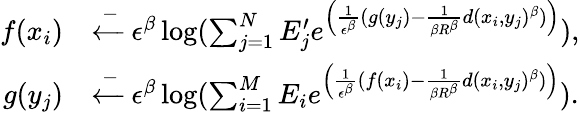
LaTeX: \begin{array}{rl}{f(x_{i})}&{\xleftarrow-\epsilon^{\beta}\log(\sum_{j=1}^{N}E_{j}^{\prime}e^{\left(\frac{1}{\epsilon^{\beta}}(g(y_{j})-\frac{1}{\beta R^{\beta}}d(x_{i},y_{j})^{\beta})\right)}),}\\ {g(y_{j})}&{\xleftarrow-\epsilon^{\beta}\log(\sum_{i=1}^{M}E_{i}e^{\left(\frac{1}{\epsilon^{\beta}}(f(x_{i})-\frac{1}{\beta R^{\beta}}d(x_{i},y_{j})^{\beta})\right)}).}\end{array}